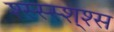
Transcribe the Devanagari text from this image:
श्स्स्स्श्श्स